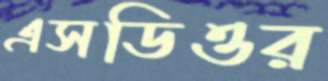
এসডিওর